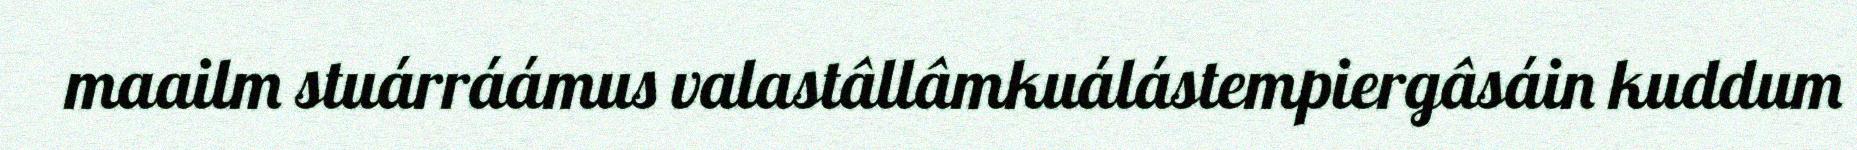
maailm stuárráámus valastâllâmkuálástempiergâsáin kuddum